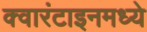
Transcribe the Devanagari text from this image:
क्वारंटाइनमध्ये